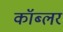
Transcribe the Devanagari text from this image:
कॉब्लर